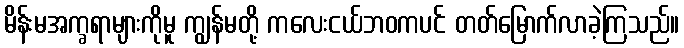
မိန်းမအက္ခရာများကိုမူ ကျွန်မတို့ ကလေးငယ်ဘဝကပင် တတ်မြောက်လာခဲ့ကြသည်။